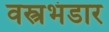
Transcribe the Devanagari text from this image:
वस्त्रभंडार